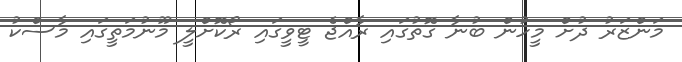
މަންޒަރު ދުށް މީހުން ބުނާ ގޮތުގައި ރާއްޖެ ޓީވީގައި ރޯކޮށްލީ މޫނުމަތީގައި މާސްކު